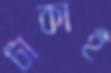
টাকাই